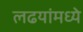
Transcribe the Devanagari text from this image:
लढयांमध्ये